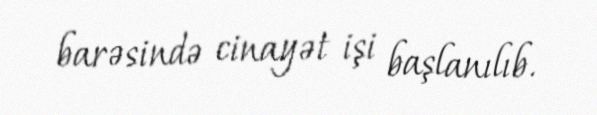
barəsində cinayət işi başlanılıb.